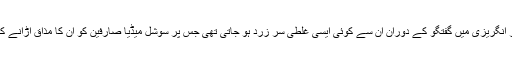
ماضی میں اکثر انگریزی میں گفتگو کے دوران ان سے کوئی ایسی غلطی سر زرد ہو جاتی تھی جس پر سوشل میڈیا صارفین کو ان کا مذاق اڑانے کا موقع مل جاتا۔